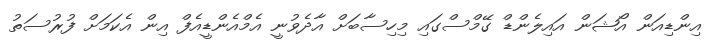
އިންޑިއަން އޯޝަން އައިލެންޑް ގޭމްސްގައި މިހިސާބަށް އާދެވުނީ އެމްއެންޑީއެފް އިން އެކަމަށް ފުރުސަތު